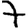
Digit: 7